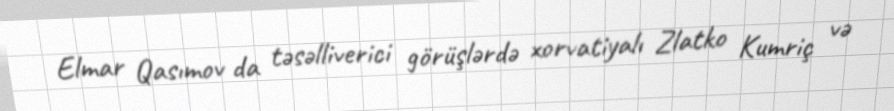
Elmar Qasımov da təsəlliverici görüşlərdə xorvatiyalı Zlatko Kumriç və